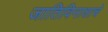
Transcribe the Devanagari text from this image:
जातिविनाशाचे